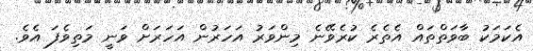
އެކަމަކު ބާވަތްތައް އެތެރެ ކުރެވޭނެ މިންވަރު އަހަރުން އަހަރަށް ވަނީ މަތިވެފަ އެވެ.